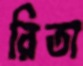
রিতা